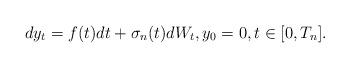
LaTeX: \begin{align*}dy_t=f(t)dt+\sigma_n(t)dW_t, y_0 = 0,t\in[0,T_n].\end{align*}